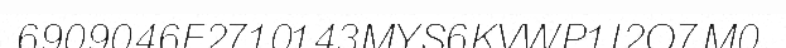
6909046F2710143MYS6KVWP1I2O7M0